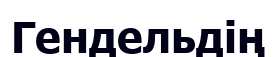
Гендельдің